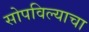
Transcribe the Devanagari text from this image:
सोपविल्याचा